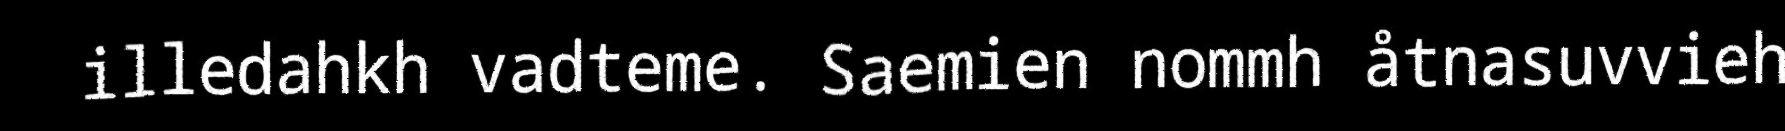
illedahkh vadteme. Saemien nommh åtnasuvvieh